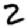
Digit: 2